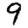
Digit: 9